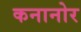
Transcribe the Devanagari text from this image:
कनानोर